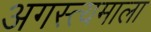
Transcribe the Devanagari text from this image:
अगस्त्यमाला